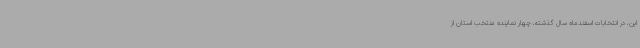
این، در انتخابات اسفندماه سال گذشته، چهار نماینده منتخب استان از